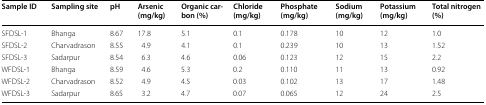
<table><thead><tr><td><b>Sample ID</b></td><td><b>Sampling site</b></td><td><b>pH</b></td><td><b>Arsenic (mg/kg)</b></td><td><b>Organic carbon (%)</b></td><td><b>Chloride (mg/kg)</b></td><td><b>Phosphate (mg/kg)</b></td><td><b>Sodium (mg/kg)</b></td><td><b>Potassium (mg/kg)</b></td><td><b>Total nitrogen (%)</b></td></tr></thead><tbody><tr><td>SFDSL-1</td><td>Bhanga</td><td>8.67</td><td>17.8</td><td>5.1</td><td>0.1</td><td>0.178</td><td>10</td><td>12</td><td>1.0</td></tr><tr><td>SFDSL-2</td><td>Charvadrason</td><td>8.55</td><td>4.9</td><td>4.1</td><td>0.1</td><td>0.239</td><td>10</td><td>13</td><td>1.52</td></tr><tr><td>SFDSL-3</td><td>Sadarpur</td><td>8.54</td><td>6.3</td><td>4.6</td><td>0.06</td><td>0.123</td><td>12</td><td>15</td><td>2.2</td></tr><tr><td>WFDSL-1</td><td>Bhanga</td><td>8.59</td><td>4.6</td><td>5.3</td><td>0.2</td><td>0.110</td><td>11</td><td>13</td><td>0.92</td></tr><tr><td>WFDSL-2</td><td>Charvadrason</td><td>8.52</td><td>4.9</td><td>4.5</td><td>0.03</td><td>0.102</td><td>13</td><td>17</td><td>1.48</td></tr><tr><td>WFDSL-3</td><td>Sadarpur</td><td>8.65</td><td>3.2</td><td>4.7</td><td>0.07</td><td>0.065</td><td>12</td><td>24</td><td>2.5</td></tr></tbody></table>